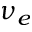
\nu _ { e }